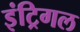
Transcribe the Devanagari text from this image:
इंट्रिगल